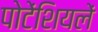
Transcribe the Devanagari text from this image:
पोटेंशियलें